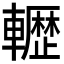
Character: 𮝬